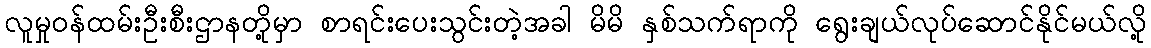
လူမှုဝန်ထမ်းဦးစီးဌာနတို့မှာ စာရင်းပေးသွင်းတဲ့အခါ မိမိ နှစ်သက်ရာကို ရွေးချယ်လုပ်ဆောင်နိုင်မယ်လို့